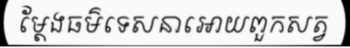
ម្តែងធម៌ទេសនាអោយពួកសត្វ